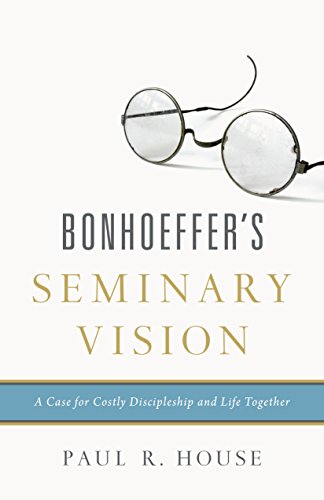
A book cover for Bonhoeffer's Seminary Vision: A Case for Costly Discipleship and Life Together; Paul R. House; Religion & Spirituality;